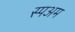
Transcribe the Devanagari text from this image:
स्पअम